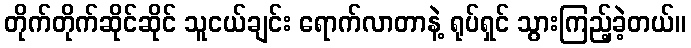
တိုက်တိုက်ဆိုင်ဆိုင် သူငယ်ချင်း ရောက်လာတာနဲ့ ရုပ်ရှင် သွားကြည့်ခဲ့တယ်။